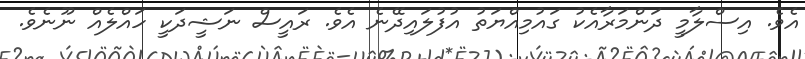
އެވެ. އިސްލާމީ ދަންމަރާއެކު ގައުމިއްޔަތު އުފުލައިދޭނެ އެވެ. ރައީސް ނަޝީދަކީ ހައްލެއް ނޫނެވެ.